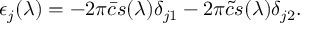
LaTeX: \epsilon _ { j } ( \lambda ) = - 2 \pi \bar { c } s ( \lambda ) \delta _ { j 1 } - 2 \pi \tilde { c } s ( \lambda ) \delta _ { j 2 } .